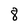
Character: 8